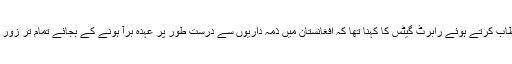
جمعہ کے روز برسلز میں جاری نیٹو ممالک کے وزراءِدفاع کی کانفرنس سے خطاب کرتے ہوئے رابرٹ گیٹس کا کہنا تھا کہ افغانستان میں ذمہ داریوں سے درست طور پر عہدہ برآ ہونے کے بجائے تمام تر زور وہاں سے افواج کے انخلاءپر دیا جارہا ہے جو ان کے بقول درست طرزِ عمل نہیں۔